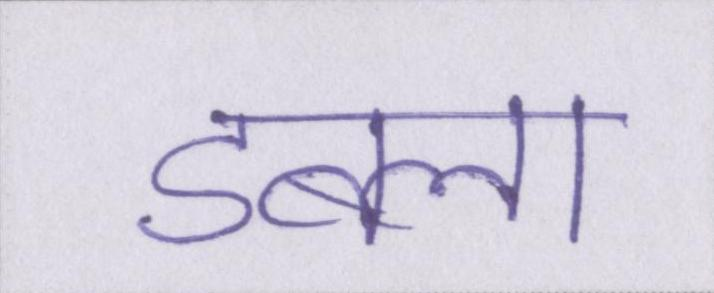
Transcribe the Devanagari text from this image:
डबला